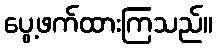
ပွေ့ဖက်ထားကြသည်။